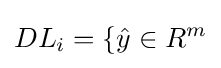
DL_{i}=\lbrace {\hat {y}}\in R^{m}